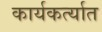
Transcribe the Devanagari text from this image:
कार्यकर्त्‍यात